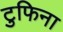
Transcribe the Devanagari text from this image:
टुफिना